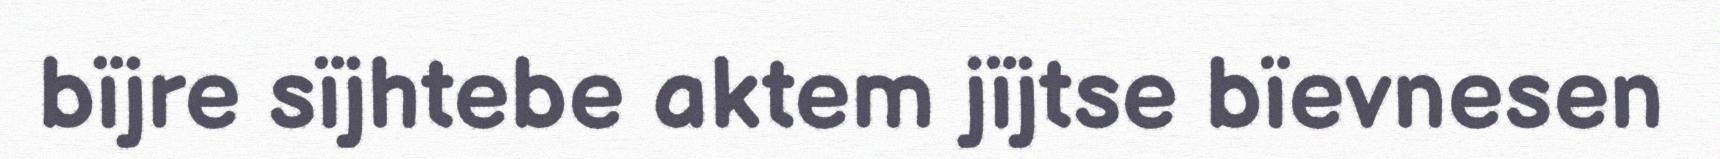
bïjre sïjhtebe aktem jïjtse bïevnesen